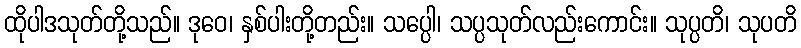
ထိုပါဒသုတ်တို့သည်။ ဒုဝေ၊ နှစ်ပါးတို့တည်း။ သပ္ပေါ၊ သပ္ပသုတ်လည်းကောင်း။ သုပ္ပတိ၊ သုပတိ